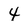
Character: 4